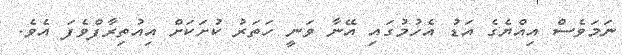
ނަމަވެސް އިއްޔެގެ އަޑު އެހުމުގައި އޭނާ ވަނީ ހަތަރު ކުށަކަށް އިއުތިރާފްވެފަ އެވެ.